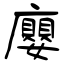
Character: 廮